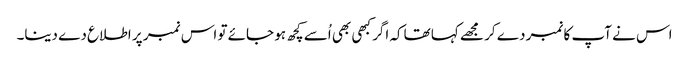
اس نے آپ کا نمبر دے کر مجھے کہا تھاکہ اگر کبھی بھی اُسے کچھ ہو جائے تو اس نمبر پر اطلاع دے دینا۔